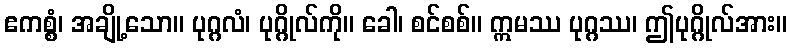
ဧကစ္စံ၊ အချို့သော။ ပုဂ္ဂလံ၊ ပုဂ္ဂိုလ်ကို။ ခေါ၊ စင်စစ်။ ဣမဿ ပုဂ္ဂဿ၊ ဤပုဂ္ဂိုလ်အား။